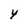
Character: Y